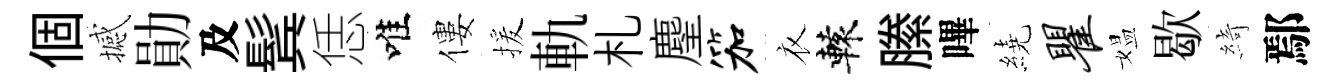
個撼勛及鬂恁唯僂援軌札麈笳衣轅縢嗶繞瞿媪歇綺鄢